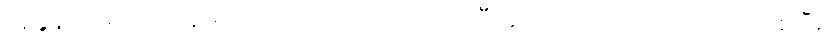
အခွန်တိမ်းရှောင်မှုမှာ ပတ်သက်တာကြောင့် ပြီးခဲ့တဲ့ အောက်တိုဘာလက စပြီး